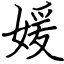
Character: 媛